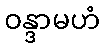
ဝန္ဒာမဟံ